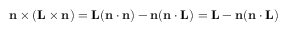
\mathbf { n } \times ( \mathbf { L } \times \mathbf { n } ) = \mathbf { L } ( \mathbf { n } \cdot \mathbf { n } ) - \mathbf { n } ( \mathbf { n } \cdot \mathbf { L } ) = \mathbf { L } - \mathbf { n } ( \mathbf { n } \cdot \mathbf { L } )